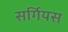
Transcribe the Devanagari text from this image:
सर्गियस